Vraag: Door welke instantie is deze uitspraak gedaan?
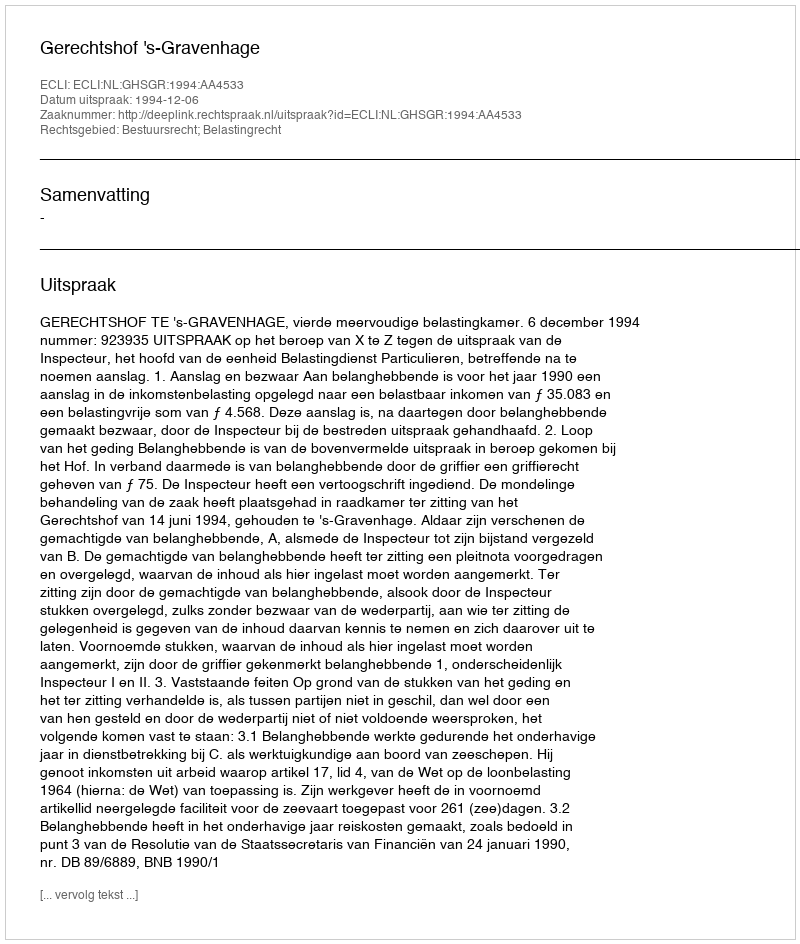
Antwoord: Gerechtshof 's-Gravenhage